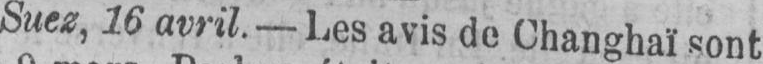
Suez, 16 avril. - Les avis de Changhaï sont